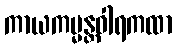
ကာယကမ္မန္တဝါရကထာ